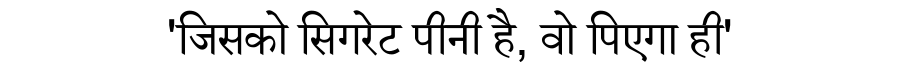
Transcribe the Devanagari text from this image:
'जिसको सिगरेट पीनी है, वो पिएगा ही'